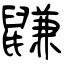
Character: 鼸